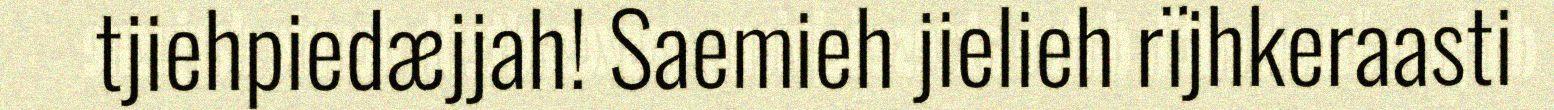
tjiehpiedæjjah! Saemieh jielieh rïjhkeraasti